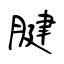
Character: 腱